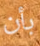
بأن